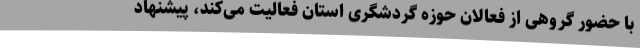
با حضور گروهی از فعالان حوزه گردشگری استان فعالیت می‌کند، پیشنهاد